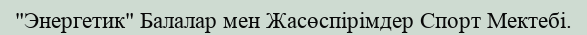
"Энергетик" Балалар мен Жасөспірімдер Спорт Мектебі.